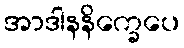
အာဒါနနိက္ခေပေ